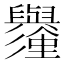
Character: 𱼱